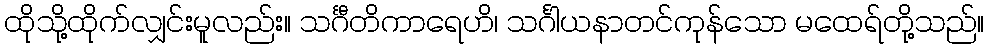
ထိုသို့ထိုက်လျှင်းမူလည်း။ သင်္ဂီတိကာရေဟိ၊ သင်္ဂါယနာတင်ကုန်သော မထေရ်တို့သည်။